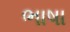
ભાષા